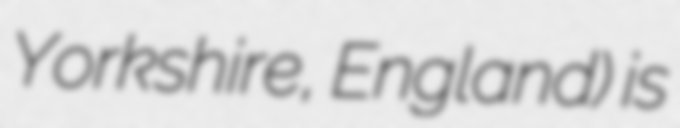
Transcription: Yorkshire, England) is